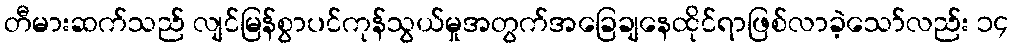
တီမားဆက်သည် လျင်မြန်စွာပင်ကုန်သွယ်မှုအတွက်အခြေချနေထိုင်ရာဖြစ်လာခဲ့သော်လည်း ၁၄